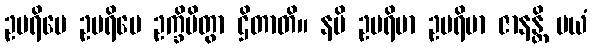
ဥပရိမေ ဥပရိမေ ဥက္ခိပိတွာ ဌိတာတိ။ နပိ ဥပရိမာ ဥပရိမာ ဇာနန္တိ မယံ